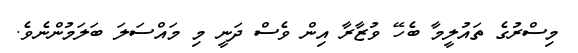
މިސްރުގެ ތައުލީމާ ބެހޭ ވުޒާރާ އިން ވެސް ދަނީ މި މައްސަލަ ބަލަމުންނެވެ.